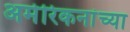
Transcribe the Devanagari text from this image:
अमेरिकनांच्या